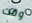
وقت